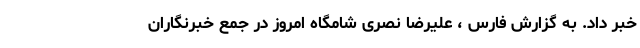
خبر داد. به گزارش فارس ، علیرضا نصری شامگاه امروز در جمع خبرنگاران